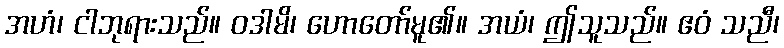
အဟံ၊ ငါဘုရားသည်။ ဝဒါမိ၊ ဟောတော်မူ၏။ အယံ၊ ဤသူသည်။ ဧဝံ သညီ၊